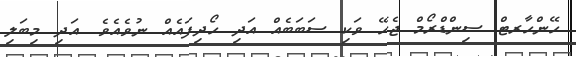
ހޭންހާރޓް ސިންޑްރޯމް ޖެހޭ ވަކި ސަބަބެއް އަދި ހޯދިފައެއް ނުވެއެވެ. އަދި މިބަލި